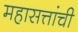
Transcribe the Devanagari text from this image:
महासत्तांची